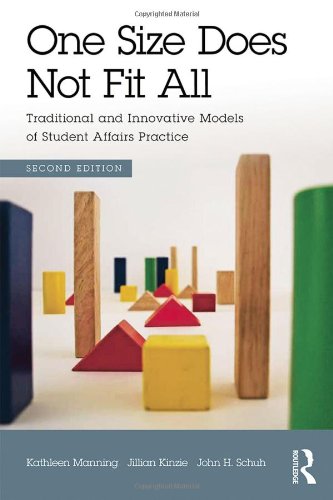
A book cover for One Size Does Not Fit All: Traditional and Innovative Models of Student Affairs Practice; Kathleen Manning; Education & Teaching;